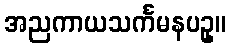
အညကာယသင်္ကမနပဥှ။